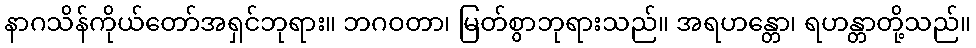
နာဂသိန်ကိုယ်တော်အရှင်ဘုရား။ ဘဂဝတာ၊ မြတ်စွာဘုရားသည်။ အရဟန္တော၊ ရဟန္တာတို့သည်။